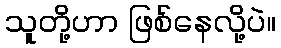
သူတို့ဟာ ဖြစ်နေလို့ပဲ။